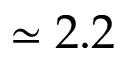
\simeq 2 . 2